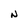
Character: N